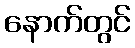
နောက်တွင်